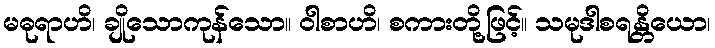
မဓုရာဟိ၊ ချိုသောကုန်သော။ ဝါစာဟိ၊ စကားတို့ဖြင့်။ သမုဒါစရန္တိယော၊